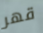
قهر